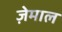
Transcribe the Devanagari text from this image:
ज़ेमाल